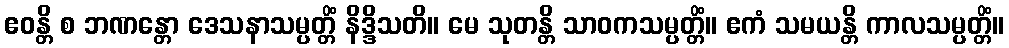
ဧဝန္တိ စ ဘဏန္တော ဒေသနာသမ္ပတ္တိံ နိဒ္ဒိသတိ။ မေ သုတန္တိ သာဝကသမ္ပတ္တိံ။ ဧကံ သမယန္တိ ကာလသမ္ပတ္တိံ။